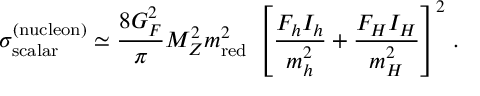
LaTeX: \sigma _ { \mathrm { s c a l a r } } ^ { ( \mathrm { n u c l e o n ) } } \simeq \frac { 8 G _ { F } ^ { 2 } } { \pi } M _ { Z } ^ { 2 } m _ { \mathrm { r e d } } ^ { 2 } \; \left[ \frac { F _ { h } I _ { h } } { m _ { h } ^ { 2 } } + \frac { F _ { H } I _ { H } } { m _ { H } ^ { 2 } } \right] ^ { 2 } \, .